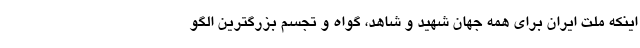
اینکه ملت ایران برای همه جهان شهید و شاهد، گواه و تجسم بزرگترین الگو